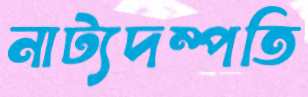
নাট্যদম্পতি